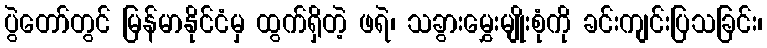
ပွဲတော်တွင် မြန်မာနိုင်ငံမှ ထွက်ရှိတဲ့ ဖရဲ၊ သခွားမွှေးမျိုးစုံကို ခင်းကျင်းပြသခြင်း၊